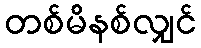
တစ်မိနစ်လျှင်